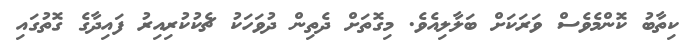
ކިތާބު ކޮންމެވެސް ވަރަކަށް ބަލާލިއެވެ. މިގޮތަށް ދެތިން ދުވަހަކު ޗެކުކުރިއިރު ފައިދާގެ ގޮތުގައި